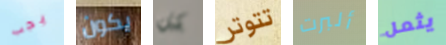
يجب يكون كل تتوتر ألبرت يثمل